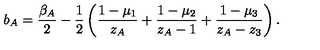
b _ { A } = \frac { \beta _ { A } } { 2 } - \frac { 1 } { 2 } \left( \frac { 1 - \mu _ { 1 } } { z _ { A } } + \frac { 1 - \mu _ { 2 } } { z _ { A } - 1 } + \frac { 1 - \mu _ { 3 } } { z _ { A } - z _ { 3 } } \right) .